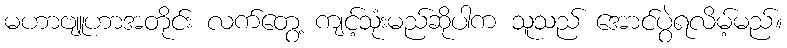
မဟာဗျူဟာအတိုင်း လက်တွေ့ ကျင့်သုံးမည်ဆိုပါက သူသည် အောင်ပွဲရလိမ့်မည်။